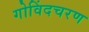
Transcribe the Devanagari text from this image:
गोविंदचरण